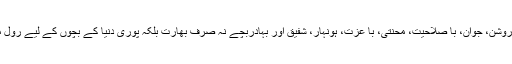
تم جیسے روشن، جوان، با صلاحیت، محنتی، با عزت، ہونہار، شفیق اور بہادربچے نہ صرف بھارت بلکہ پوری دنیا کے بچوں کے لیے رول ماڈل ہیں"۔